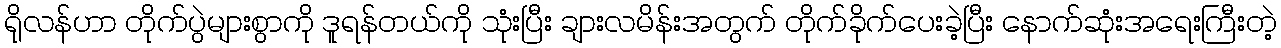
ရိုလန်ဟာ တိုက်ပွဲများစွာကို ဒူရန်တယ်ကို သုံးပြီး ချားလမိန်းအတွက် တိုက်ခိုက်ပေးခဲ့ပြီး နောက်ဆုံးအရေးကြီးတဲ့